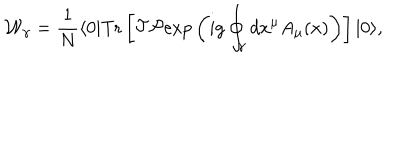
LaTeX: { \cal W } _ { \gamma } = { \frac { 1 } { N } } \langle 0 | \mathrm { T r } \left[ { \cal T } { \cal P } \mathrm { e x p } \left( i g \oint _ { \gamma } d x ^ { \mu } A _ { \mu } ( x ) \right) \right] | 0 \rangle ,